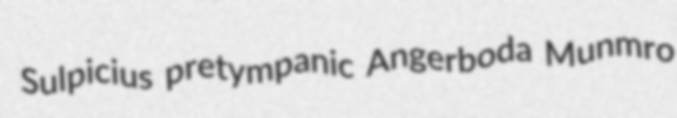
Sulpicius pretympanic Angerboda Munmro